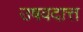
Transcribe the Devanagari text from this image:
उषवदात्त